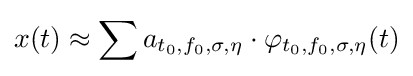
x(t)\approx \sum a_{t_{0},f_{0},\sigma ,\eta }\cdot \varphi _{t_{0},f_{0},\sigma ,\eta }(t)